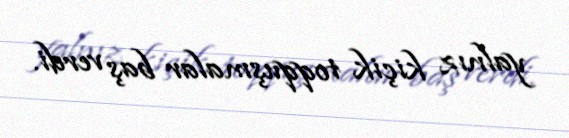
yalnız kiçik toqquşmalar baş verdi.